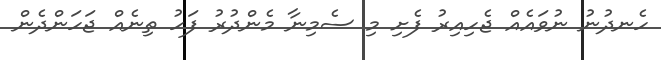
ހެނދުނު ނުވައެއް ޖެހިއިރު ފެށި މި ސެމިނާ މެންދުރު ފަހު ތިނެއް ޖަހަންދެން